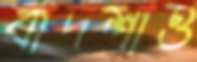
বাদশাও